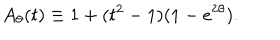
A _ { \theta } ( t ) \equiv 1 + ( t ^ { 2 } - 1 ) ( 1 - e ^ { 2 \theta } ) .